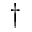
^ Ḋ \dagger Ḍ